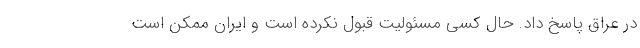
در عراق پاسخ داد. حال کسی مسئولیت قبول نکرده است و ایران ممکن است